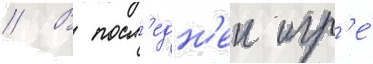
// В посл'едн'еи игр'е́